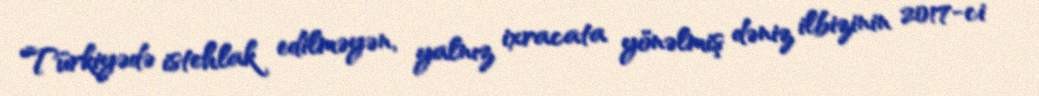
Türkiyədə istehlak edilməyən, yalnız ixracata yönəlmiş dəniz ilbizinin 2017-ci